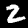
Label: 2